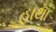
હાથા